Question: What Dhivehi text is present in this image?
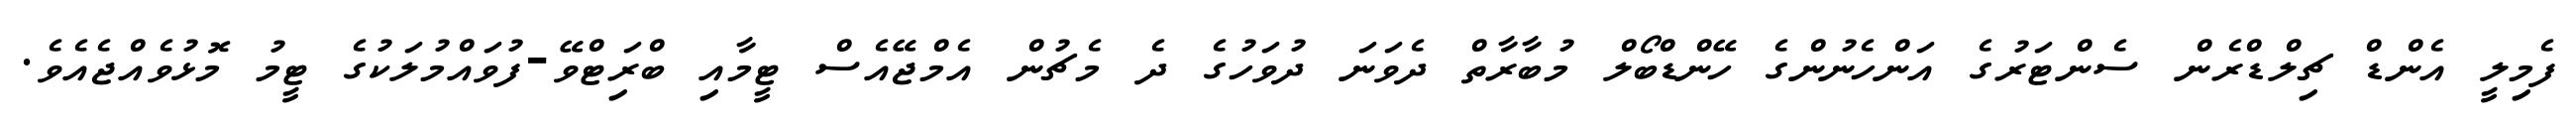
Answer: ފެމިލީ އެންޑް ޗިލްޑްރެން ސެންޓަރުގެ އަންހެނުންގެ ހޭންޑްބޯލް މުބާރާތް ދެވަނަ ދުވަހުގެ ދެ މެޗުން އެމްޖޭއެސް ޓީމާއި ބްރަިޓްވޭ-ފުވައްމުލަކުގެ ޓީމު މޮޅުވެއްޖެއެވެ.